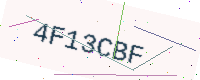
Text: 4F13CBF